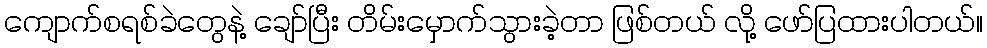
ကျောက်စရစ်ခဲတွေနဲ့ ချော်ပြီး တိမ်းမှောက်သွားခဲ့တာ ဖြစ်တယ် လို့ ဖော်ပြထားပါတယ်။